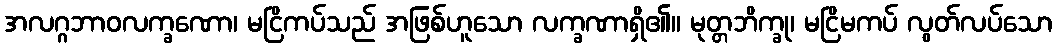
အလဂ္ဂဘာဝလက္ခဏော၊ မငြိကပ်သည် အဖြစ်ဟူသော လက္ခဏာရှိ၏။ မုတ္တဘိက္ခု၊ မငြိမကပ် လွတ်လပ်သော